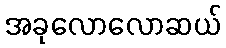
အခုလောလောဆယ်